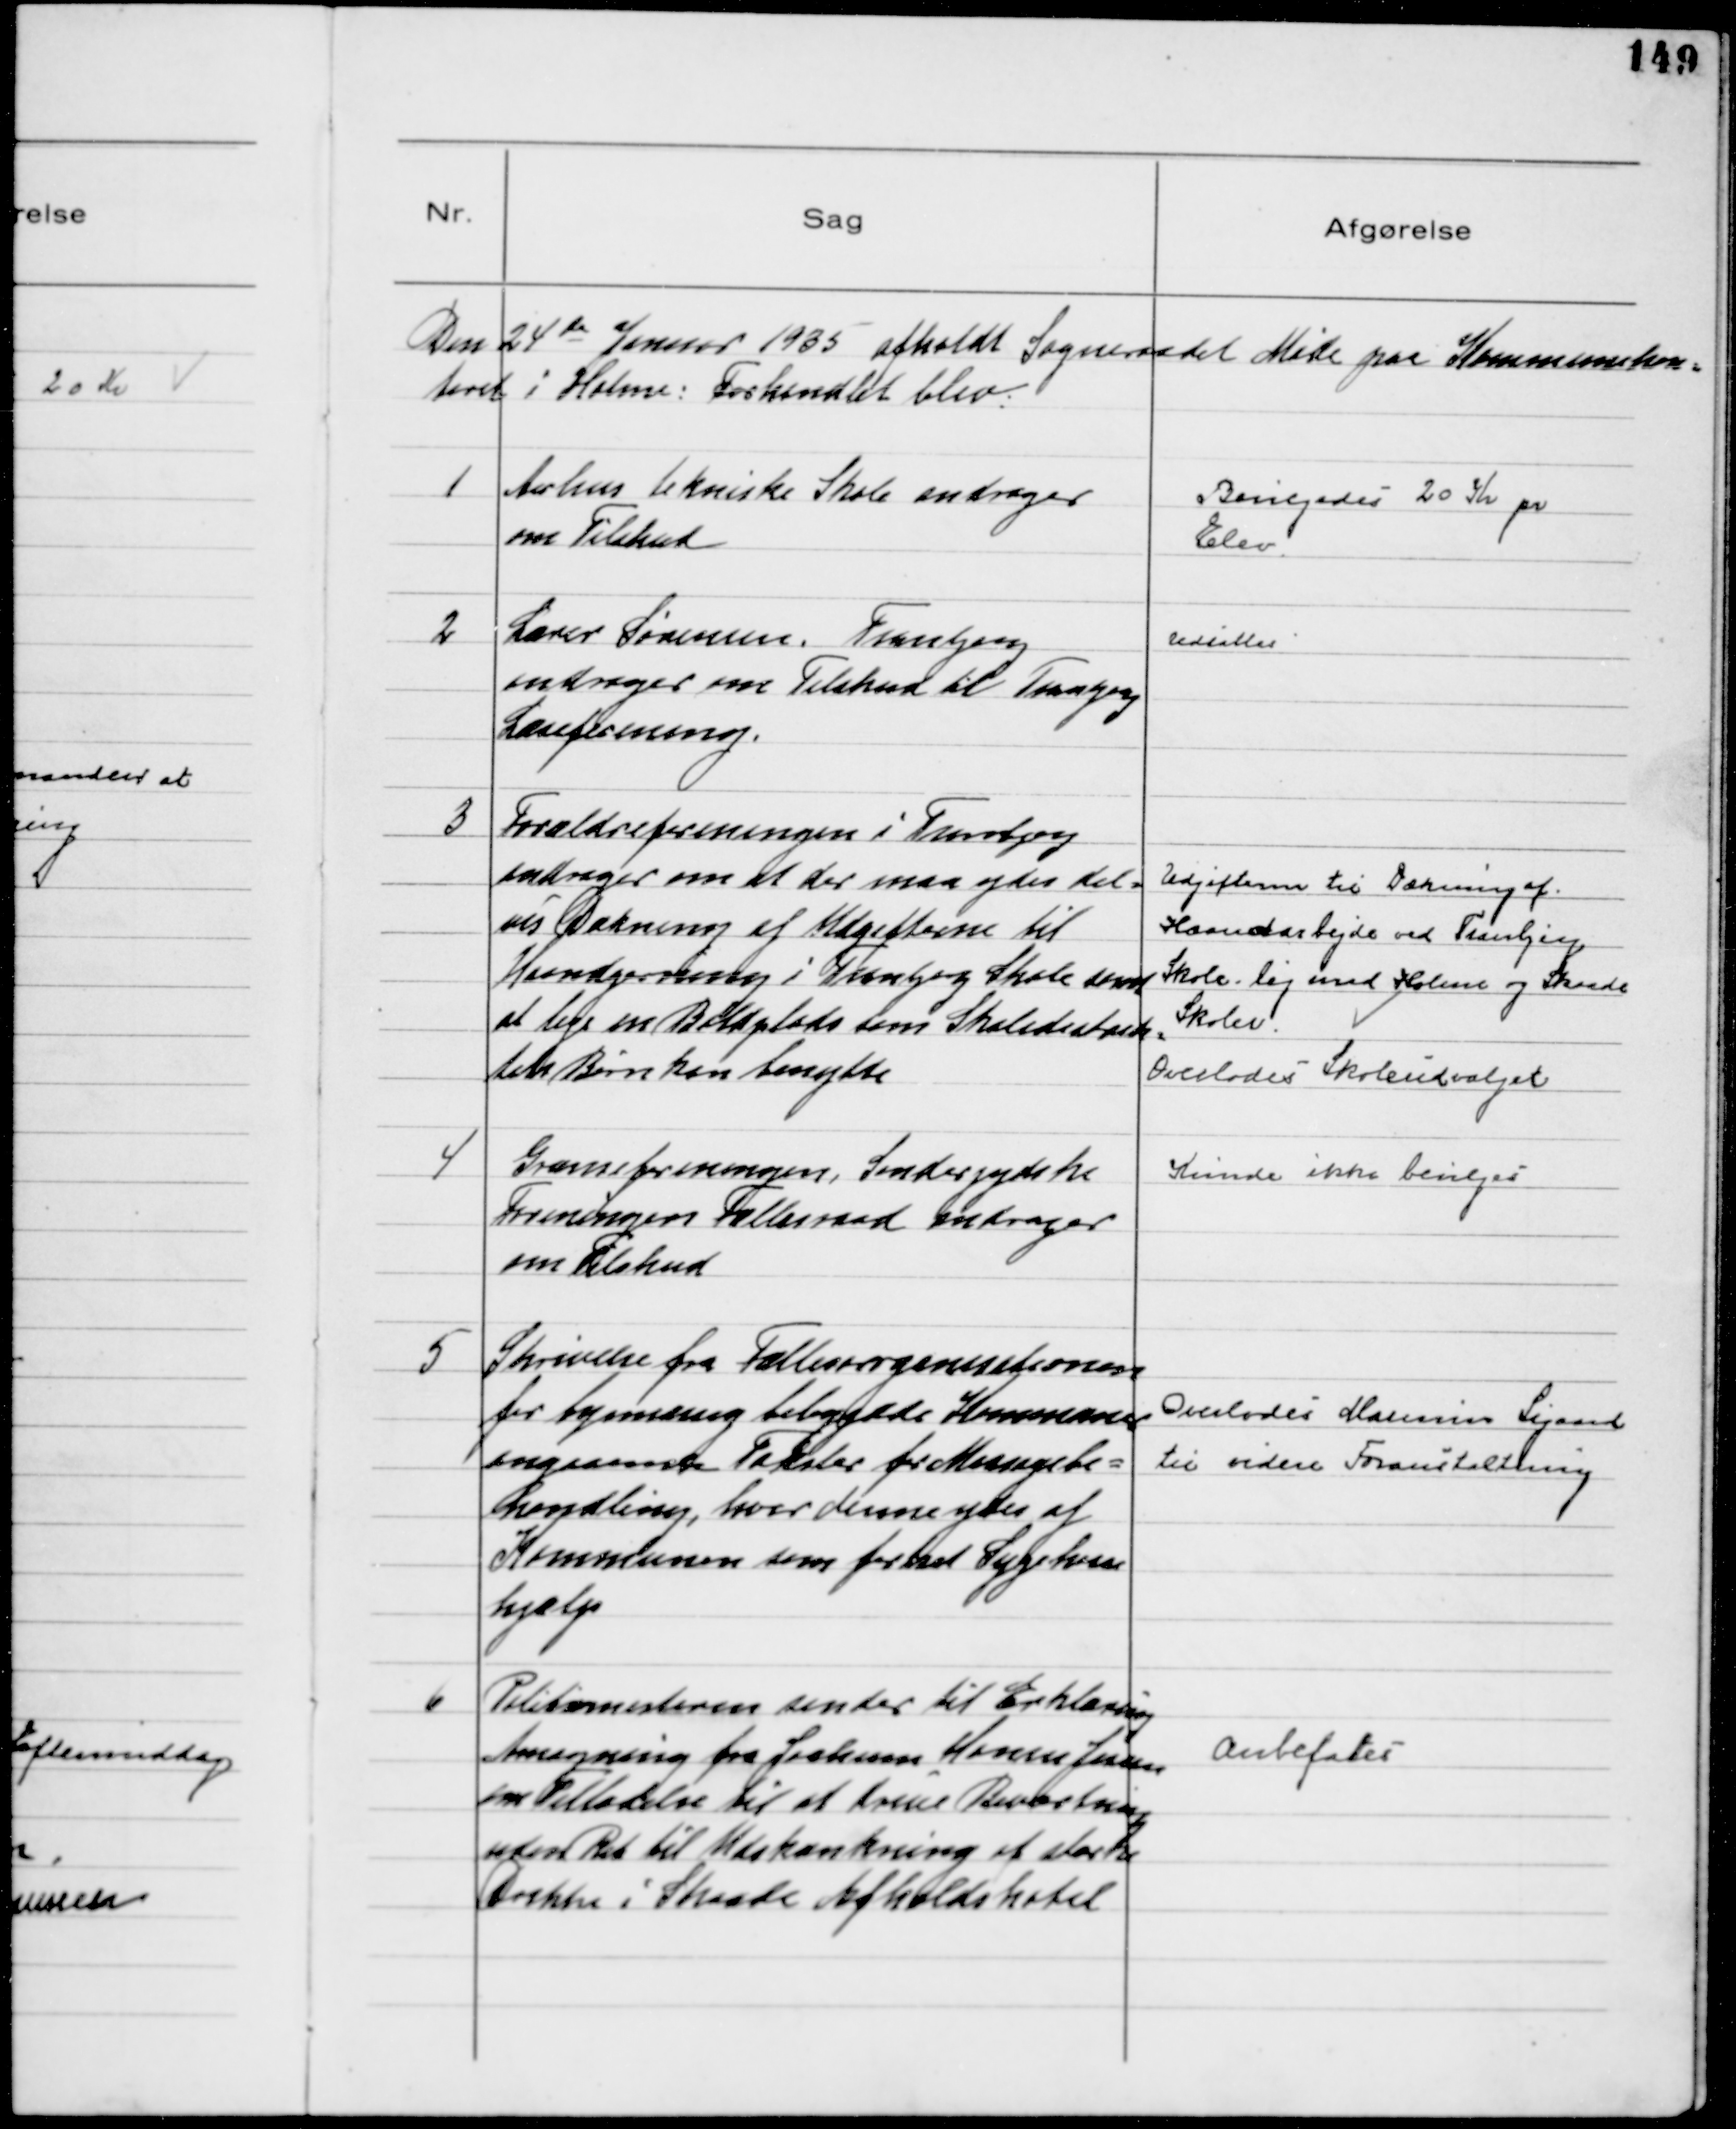
Transskription:
Den 24 de Januar 1935 afholdt Sogneraadet Møde paa Kommunekon=
toret i Holme: Forhandlet blev:

1
Aarhus tekniske Skole andrager
om Tilskud

Bevilgedes 20 Kr pr
Elev

2
Lærer Sørensen, Tranbjerg
andrager om Tilskud til Tranbjerg
Læseforening.

Udsattes

3
Forældreforeningen i Tranbjerg
andrager om at der maa ydes del=
vis Dækning af Udgifterne til
Haandgerning i Tranbjerg Skole samt
at leje en Boldplads som Skoledistrik=
tets Børn kan benytte
Udgifterne til Dækning af
Haandarbejde ved Tranbjerg
Skole lig med Holme og Skaade
Skoler.
Overlodes Skoleudvalget

4
Grænseforeningen, Sønderjyske
Foreningers Fællesraad andrager
om Tilskud

Kunde ikke bevilges

5
Skrivelse fra Fællesorganisationen
for bymæssig bebyggede Kommuner
angaaende Takster for Massagebe=
handling, hvor denne ydes af
Kommunen som fortsat Sygekasse
hjælp
Overlodes Marinus Sigaard
til videre Foranstaltning

6
Politimesteren sender til Erklæring
Ansøgning fra Jochum Hansen Jensen
om Tilladelse til at drive Beværtning
uden Ret til Udskænkning af stærke
Drikke i Skaade Afholdshotel

Anbefales